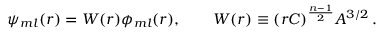
\psi _ { m l } ( r ) = W ( r ) \phi _ { m l } ( r ) , \qquad W ( r ) \equiv ( r C ) ^ { \frac { n - 1 } { 2 } } A ^ { 3 / 2 } \, .